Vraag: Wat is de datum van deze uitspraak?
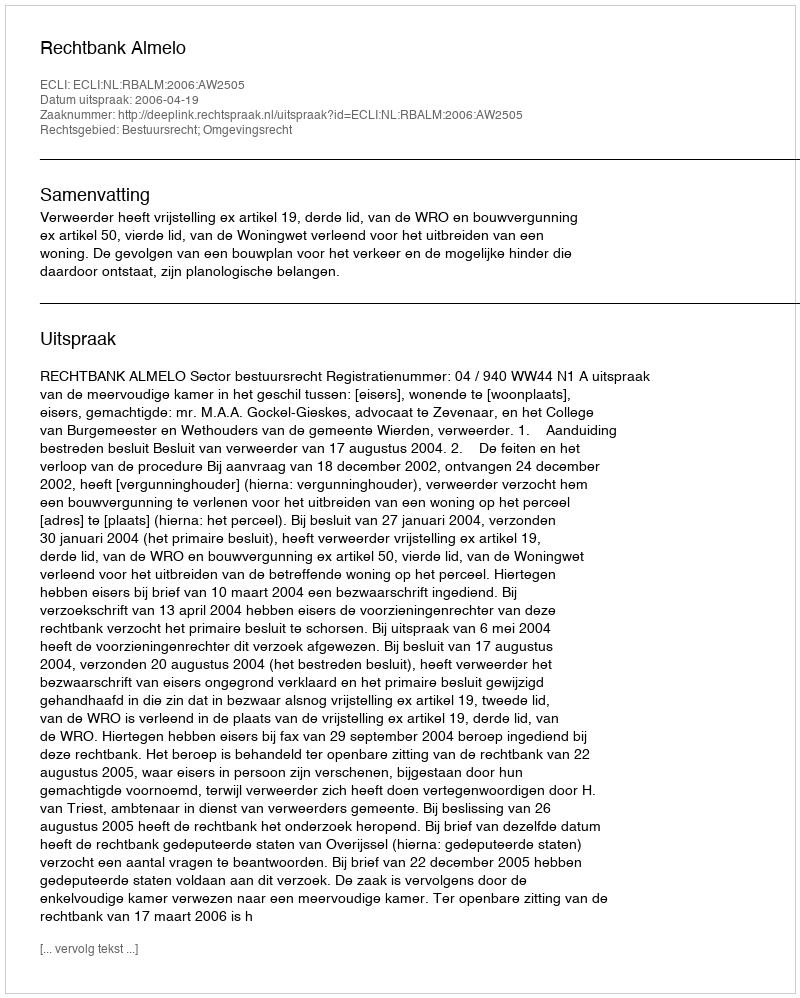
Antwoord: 2006-04-19